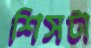
শিসটা